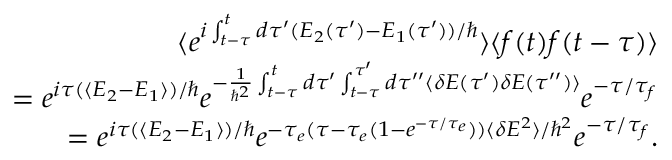
\begin{array} { r l r } & { } & { \langle e ^ { i \int _ { t - \tau } ^ { t } d \tau ^ { \prime } ( E _ { 2 } ( \tau ^ { \prime } ) - E _ { 1 } ( \tau ^ { \prime } ) ) / \hbar } \rangle \langle f ( t ) f ( t - \tau ) \rangle } \\ & { } & { = e ^ { i \tau ( \langle E _ { 2 } - E _ { 1 } \rangle ) / \hbar } e ^ { - \frac { 1 } { \hbar ^ { 2 } } \int _ { t - \tau } ^ { t } d \tau ^ { \prime } \int _ { t - \tau } ^ { \tau ^ { \prime } } d \tau ^ { \prime \prime } \langle \delta E ( \tau ^ { \prime } ) \delta E ( \tau ^ { \prime \prime } ) \rangle } e ^ { - \tau / \tau _ { f } } } \\ & { } & { = e ^ { i \tau ( \langle E _ { 2 } - E _ { 1 } \rangle ) / \hbar } e ^ { - \tau _ { e } ( \tau - \tau _ { e } ( 1 - e ^ { - \tau / \tau _ { e } } ) ) \langle \delta E ^ { 2 } \rangle / \hbar ^ { 2 } } e ^ { - \tau / \tau _ { f } } . } \end{array}